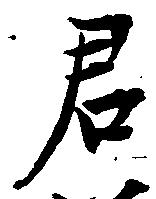
君